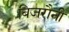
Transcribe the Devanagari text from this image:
बिजरौनी